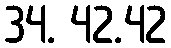
34. 42.42